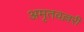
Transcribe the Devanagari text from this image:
अमृतवल्लरी